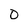
Character: O